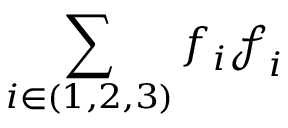
\sum _ { i \in ( 1 , 2 , 3 ) } f _ { i } \boldsymbol { \mathscr { f } } _ { i }